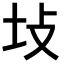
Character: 𪢺